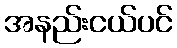
အနည်းငယ်ပင်